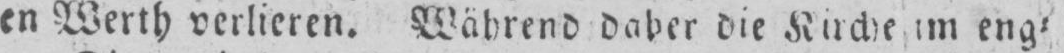
en Werth verlieren. Während daher die Kirche im eng⸗